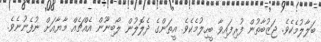
ބަލާލުމެކެވެ. ޖަޒުބާތުން ފުރިފައިވާ ބީހިލުމެކެވެ. އީތަންގެ ދެލޮލުން ލޯބިނޫން އެއްޗެއް މާޔާއަށް ނުފެނުނެވެ.